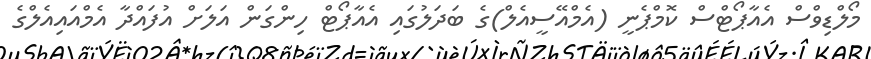
މޯލްޑިވްސް އެއާޕޯޓްސް ކޮމްޕެނީ (އެމްއޭސީއެލް)ގެ ބަދަލުގައި އެއާޕޯޓް ހިންގަން އަލަށް އުފައްދާ އެމްއައިއެލްގެ